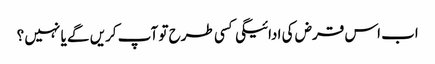
اب اس قرض کی ادائیگی کسی طرح تو آپ کریں گے یا نہیں ؟